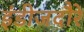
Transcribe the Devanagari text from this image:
इंडीजदौरे